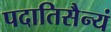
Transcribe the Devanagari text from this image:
पदातिसैन्यं